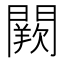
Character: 𨶕